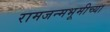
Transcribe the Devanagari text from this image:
रामजन्मभूमीच्या